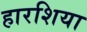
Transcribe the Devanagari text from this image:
हारशिया